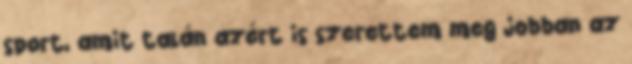
sport, amit talán azért is szerettem meg jobban az